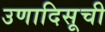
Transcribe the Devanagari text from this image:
उणादिसूची